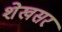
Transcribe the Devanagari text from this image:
शेखसर